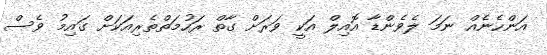
އަންހެނެއް ނަމަ ލެވެންޑާ އޮއިލް އަކީ ވަރަށް ގާތް ރަހުމަތްތެރިއަކަށް ގައިމު ވެސް